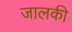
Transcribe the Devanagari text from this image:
जालकी